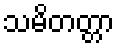
သမိတတ္တာ